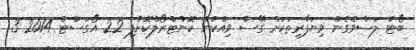
ބޯޓު ލަސްވެގެން ވިޔަފާރިތަކަށް ގޭސް ވިއްކުން ކޮންޓްރޯލްކޮށްފި 22 އޯގަސްޓް 2014 3